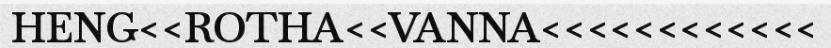
HENG<<ROTHA<<VANNA<<<<<<<<<<<<